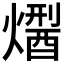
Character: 𤏾